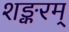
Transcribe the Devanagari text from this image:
शङ्करम्